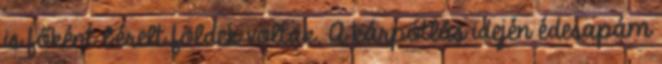
is főként bérelt földek voltak. A kárpótlás idején édesapám